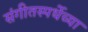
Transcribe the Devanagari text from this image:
संगीतस्पर्धेच्या